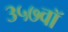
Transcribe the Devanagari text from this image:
३५७वॉ